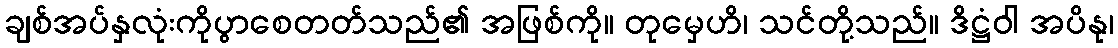
ချစ်အပ်နှလုံးကိုပွာစေတတ်သည်၏ အဖြစ်ကို။ တုမှေဟိ၊ သင်တို့သည်။ ဒိဋ္ဌံဝါ အပိနု၊